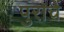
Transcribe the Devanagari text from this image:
पुराचें